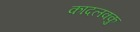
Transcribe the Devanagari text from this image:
कादलक्कु